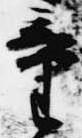
童